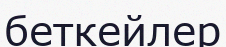
беткейлер